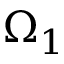
\Omega _ { 1 }